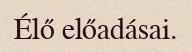
Élő előadásai.